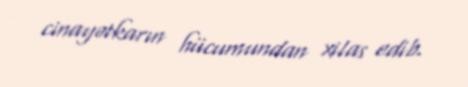
cinayətkarın hücumundan xilas edib.